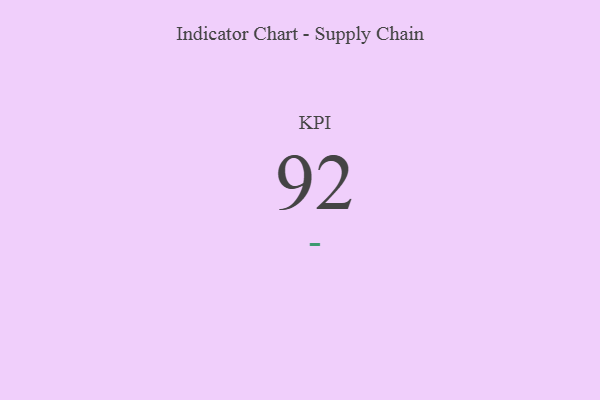
{"axis": {"x": "KPI", "y": "Value"}, "legend": [""], "data": [{"x": "KPI", "y": 92, "type": ""}]}